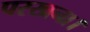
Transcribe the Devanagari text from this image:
परखना।